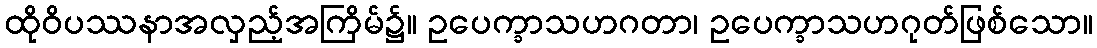
ထိုဝိပဿနာအလှည့်အကြိမ်၌။ ဥပေက္ခာသဟဂတာ၊ ဥပေက္ခာသဟဂုတ်ဖြစ်သော။